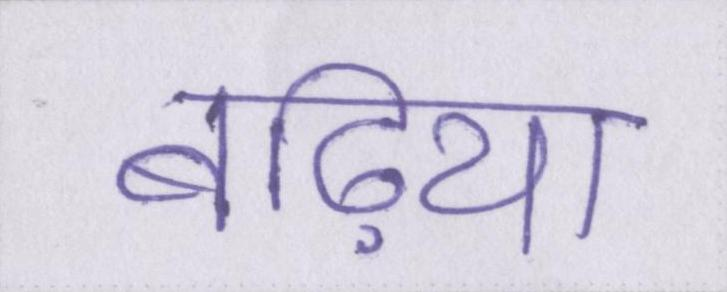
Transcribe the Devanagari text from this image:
बढ़िया